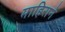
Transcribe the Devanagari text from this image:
माहिराने